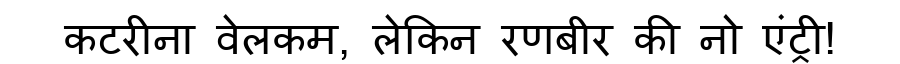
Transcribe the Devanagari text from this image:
कटरीना वेलकम, लेकिन रणबीर की नो एंट्री!